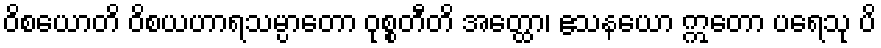
ဝိစယောတိ ဝိစယဟာရသမ္ပာတော ဝုစ္စတီတိ အတ္ထော၊ ဧသနယော ဣတော ပရေသု ပိ